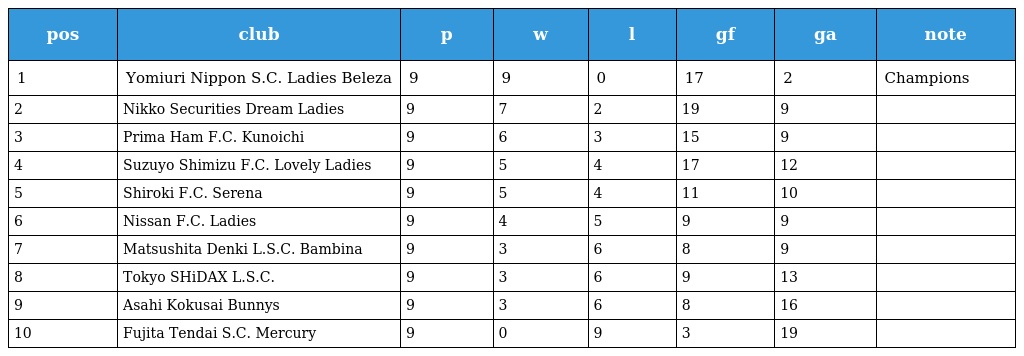
| pos | club | p | w | l | gf | ga | note |
 | --- | --- | --- | --- | --- | --- | --- | --- |
 | 1 | Yomiuri Nippon S.C. Ladies Beleza | 9 | 9 | 0 | 17 | 2 | Champions |
 | 2 | Nikko Securities Dream Ladies | 9 | 7 | 2 | 19 | 9 |  |
 | 3 | Prima Ham F.C. Kunoichi | 9 | 6 | 3 | 15 | 9 |  |
 | 4 | Suzuyo Shimizu F.C. Lovely Ladies | 9 | 5 | 4 | 17 | 12 |  |
 | 5 | Shiroki F.C. Serena | 9 | 5 | 4 | 11 | 10 |  |
 | 6 | Nissan F.C. Ladies | 9 | 4 | 5 | 9 | 9 |  |
 | 7 | Matsushita Denki L.S.C. Bambina | 9 | 3 | 6 | 8 | 9 |  |
 | 8 | Tokyo SHiDAX L.S.C. | 9 | 3 | 6 | 9 | 13 |  |
 | 9 | Asahi Kokusai Bunnys | 9 | 3 | 6 | 8 | 16 |  |
 | 10 | Fujita Tendai S.C. Mercury | 9 | 0 | 9 | 3 | 19 |  |